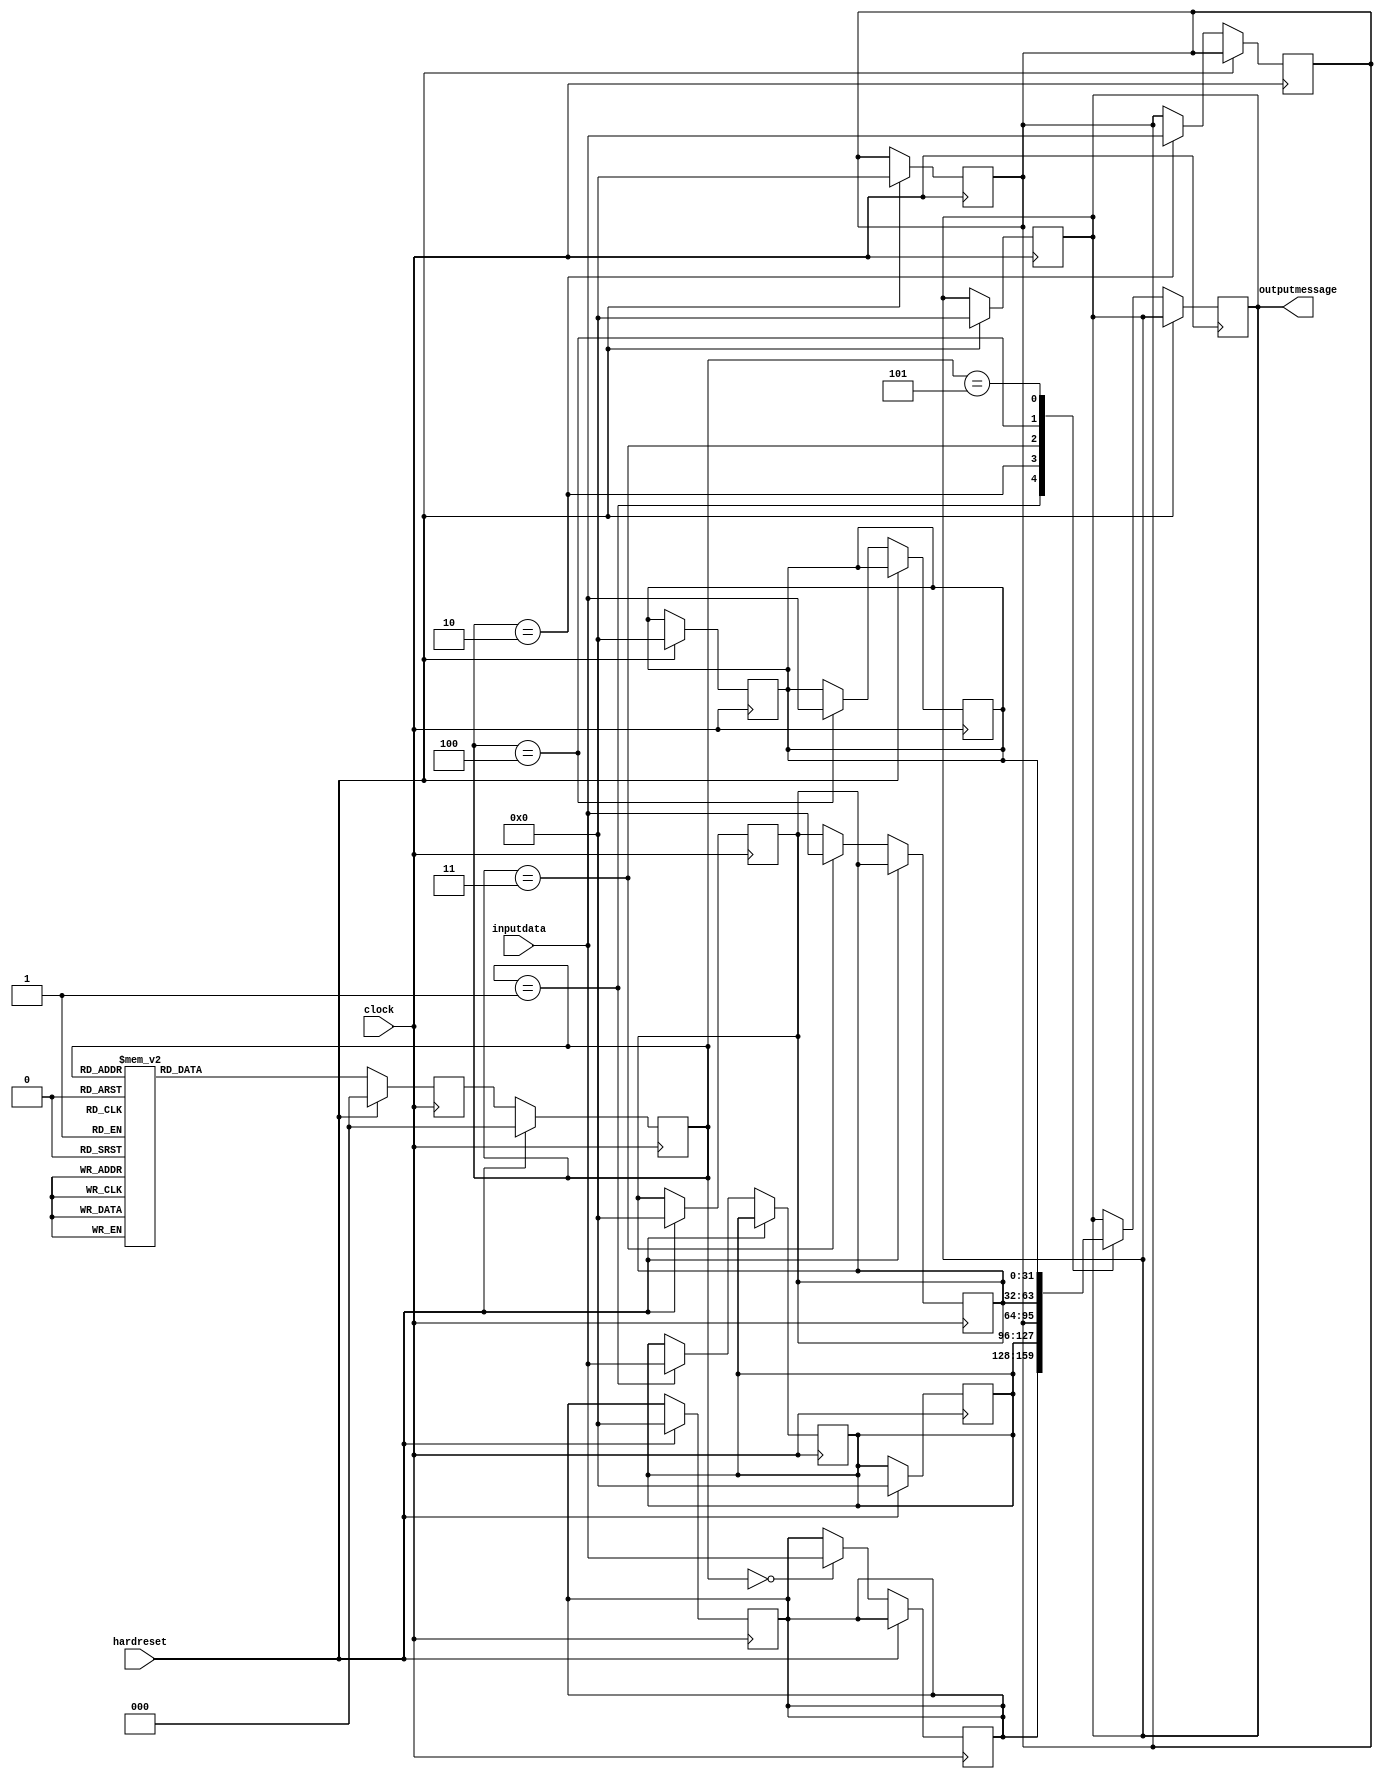
`timescale 1ns / 1ps
//////////////////////////////////////////////////////////////////////////////////
// Company: National Institute of Technology Goa
// Engineer: 
// 
// Design Name: ICMPWrite
// Module Name: ICMPv_5
// Project Name: ICMP: Internet Control Message Protocol
// Target Devices: 
// Tool Versions: 
// Description: 
// 
// Dependencies: 
// 
// Revision:7
// Revision 7
// Additional Comments: Comments will be distributed here and in the readme file.
// 
//////////////////////////////////////////////////////////////////////////////////


module ICMPv_7(hardreset,inputdata,clock,outputmessage); //declaration of the module
input hardreset;
/*all inputs are declared here */
input [31:0] inputdata; //first 16 bits are source address next 16 are desitnation address and following 64 bits are data//
/* input data must be constant for the first three T states then must change*/
/*based on the type of the icmp message the user will assign the typeoficmp as input*/
/*based on the code of the icmp message the user will assign the code as input*/
input clock; // clock signal, everything will function wrt the clock


/*all outputs are declared here */

output [31:0] outputmessage; //the output message will be generated 32 bits at a time. 
/* generally the icmp message is 160 bits long. so there will be 5 sequences in the output message */



/*all registers are declared here */
reg [31:0] outputmessage;  
reg [15:0] checksum;

//magic when high will mean that the outputmessage is valid.
//when actreset goes hgh it mean that the output message is completely transmitted and now the icmp message will reset
/*parameters defined here*/
parameter SIZE=3;
parameter s0=3'b000;
parameter s1=3'b001;
parameter s2=3'b010;
parameter s3=3'b011;
parameter s4=3'b100;
parameter s5=3'b101;
parameter s6=3'b110;
parameter s7=3'b111;
// these 8 parameters basically define the states of the finite state machine

//definining memory elements//

//9 memory elements are defined inorder to keep the data ready for processing or transmission
reg [31:0] m0;
reg [31:0] m1;
reg [31:0] m2;
reg [31:0] m3;
reg [31:0] m4;

reg [31:0] mo1;
reg [31:0] mo2;
reg [31:0] mo3;
reg [31:0] mo4;

//internal register state is defined here
reg [SIZE-1:0] state; //the current state of the finite state machine
reg [SIZE-1:0] next_state;// the next state of the finite state machine
//combinational logic part here

always @ (posedge clock)
begin
if (hardreset==1)
begin
m0<=32'b0;
m1<=32'b0;
m2<=32'b0;
m3<=32'b0;
m4<=32'b0;
state<=s0;
mo1<=32'b0;
mo2<=32'b0;
mo3<=32'b0;
mo4<=32'b0;
checksum<=16'b0;
outputmessage<=32'b0;
end
else
begin
state=next_state; //at every positive edge of the clock the state changes
end
end

always @ (posedge clock)
/* the functioning of this always block is sensitive to two parameters clock and actreset.
*/
begin
if (hardreset==1)
begin
next_state=s0;
end
else
begin
case(state)
s0 : begin
     next_state<=s1;
     end
s1 : begin
     next_state<=s2;
     end
s2 : begin
     next_state<=s3;
     end
s3 : begin
     next_state<=s4;
     end
s4 : begin
     next_state<=s5;
     end 
s5 : begin
     next_state<=s0;
     end
s6 : begin
     next_state<=s7;
     end
s7 : begin
     next_state<=s0;
     end
default : begin
     next_state<=s0;
     end
endcase
end
end




/*
In this always loop the data from typeoficmp and code and checksum is assigned to memory elements m0 and unused data to memory m1.
Also in this always loop the data from input memory is transferred to the output memory.
*/



/*
In this always loop the data from inputdata which contains information of IP address and user datagram is assigned to memory elements m2 through m4.
Also in this loop the magic and actreset signals are addressed.
*/

always @ (posedge clock)
begin
if (hardreset==1)
begin
end
else
begin
case(state)
s0 : m0<=inputdata;//first 32 bits of inputdata
s1 : m1<=inputdata;//next 32 bits of inputdata
s2 : m2<=inputdata;//final 32 bits of inputdata
s3 : m3<=inputdata;
s4 : m4<=inputdata;//first 32 bits of inputdata
default : begin
	  end
endcase
end
end


always @ (posedge clock)
begin
if (hardreset==1)
begin
end
else
begin
case(state)
s0 : begin
     end//first 32 bits of inputdata
s1 : outputmessage=m0;//next 32 bits of inputdata
s2 : outputmessage=m1;//final 32 bits of inputdata
s3 : outputmessage=m2;
s4 : outputmessage=m3;//first 32 bits of inputdata
s5 : outputmessage=m4;
default : begin
	  end
endcase
end
end




//generating the checksum//
//this part of the code is used to generate the checksum//






//this part of the code is used to transmit the outputmessage//

endmodule //termination of the module